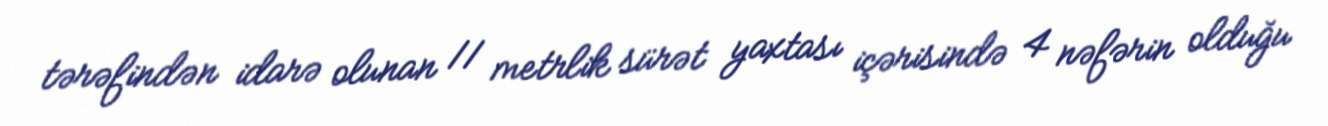
tərəfindən idarə olunan 11 metrlik sürət yaxtası içərisində 4 nəfərin olduğu